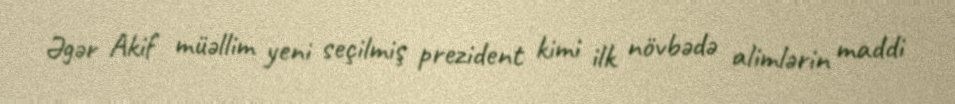
Əgər Akif müəllim yeni seçilmiş prezident kimi ilk növbədə alimlərin maddi